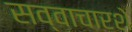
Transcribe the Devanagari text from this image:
सव्वाचारशे